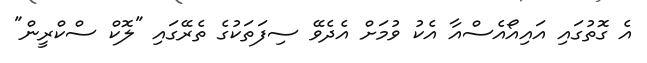
އެ ގޮތުގައި އައިއޯއެސްއާ އެކު ވުމަށް އެދެވޭ ސިފަތަކުގެ ތެރޭގައި "ލޮކް ސްކްރީން"